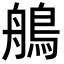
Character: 鵃